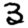
Digit: 3